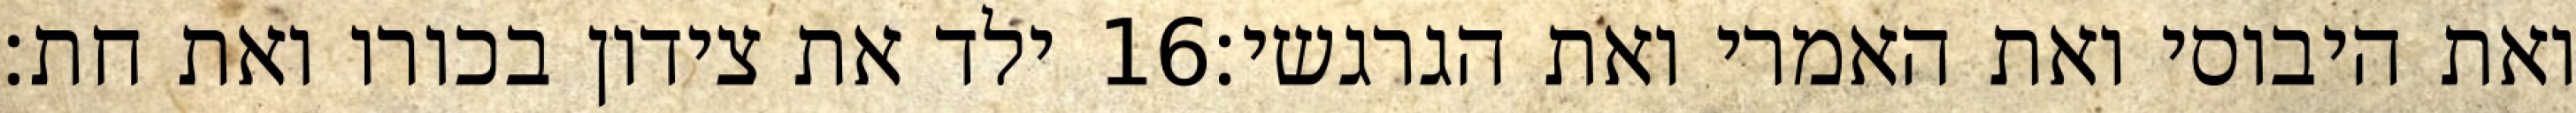
ילד את צידון בכורו ואת חת׃ ‎16‏ ואת היבוסי ואת האמרי ואת הגרגשי׃